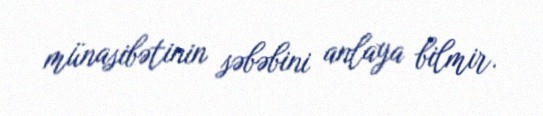
münasibətinin səbəbini anlaya bilmir.